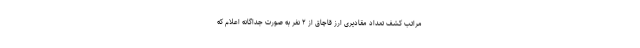
مراتب کشف تعداد مقادیری ارز قاچاق از ۲ نفر به صورت جداگانه اعلام که